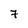
Character: 7